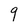
Character: 9